Report of the Indian Hemp Drugs Commission, 1894-1895 - Volume VI
Year: 1894
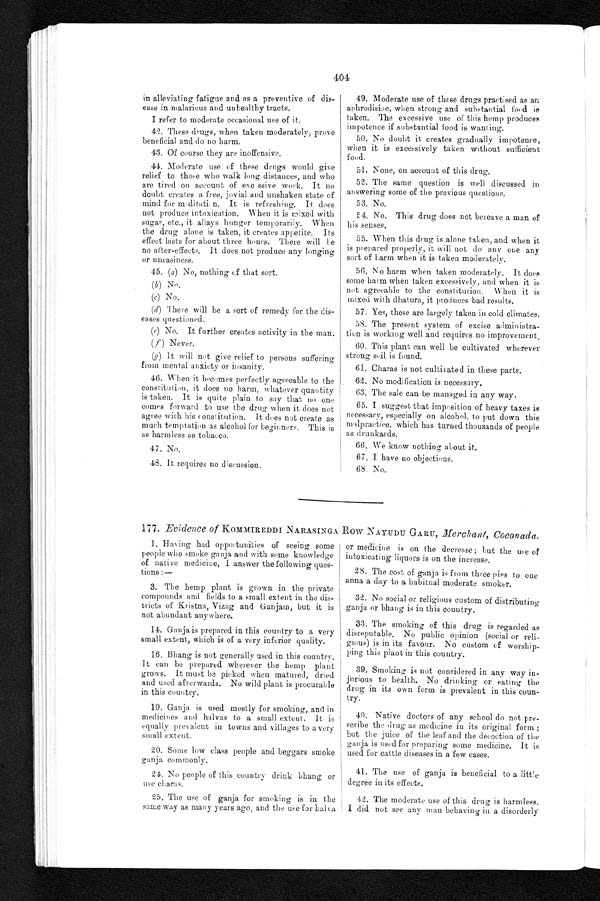
404
in alleviating fatigue and as a preventive of dis-
ease in malarious and unhealthy tracts.
I refer to moderate occasional use of it.
42. These drugs, when taken moderately ; prove
beneficial and do no harm.
43. Of course they are inoffensive.
44. Moderate use of these drugs would give
relief to those who walk long distances, and who
are tired on account of excessive work. It no
doubt creates a free, jovial and unshaken state of
mind for meditation. It is refreshing. It does
not produce intoxication. When it is mixed with
sugar, etc., it allays hunger temporarily. When
the drug alone is taken, it creates appetite. Its
effect lasts for about three hours. There will be
no after-effects. It does not produce any longing
or uneasiness.
45. (a) No, nothing of that sort.
( b) No.
(c) No.
(d)
There will be a sort of remedy for the dis-
eases questioned.
(e) No. It further creates activity in the man.
(f) Never.
(g) It will not give relief to persons suffering
from mental anxiety or insanity.
46. When it becomes perfectly agreeable to the
constitution, it does no harm, whatever quantity
is taken. It is quite plain to say that no one
comes forward to use the drug when it does not
agree with his constitution. It does not create as
much temptation as alcohol for beginners. This is
as harmless as tobacco.
47. No.
48. It requires no discussion.
49. Moderate use of these drugs practised as an
aphrodisiac, when strong and substantial food is
taken. The excessive use of this hemp produces
impotence if substantial food is wanting.
50. No doubt it creates gradually impotence,
when it is excessively taken without sufficient
food.
51. None, on account of this drug.
52. The same question is well discussed in
answering some of the previous questions.
53. No.
54. No. This drug does not bereave a man of
his senses.
55. When this drug is alone taken, and when it
is prepared properly, it will not do any one any
sort of harm when it is taken moderately.
56. No harm when taken moderately. It does
some harm when taken excessively, and when it is
not agreeable to the constitution. When it is
mixed with dhatura, it produces bad results.
57. Yes, these are largely taken in cold climates.
58. The present system of excise administra-
tion is working well and requires no improvement.
60. This plant can well be cultivated wherever
strong soil is found.
61. Charas is not cultivated in these parts.
62. No modification is necessary.
63. The sale can be managed in any way.
65. I suggest that imposition of heavy taxes is
necessary, especially on alcohol, to put down this
malpractice, which has turned thousands of people
as drunkards.
66. We know nothing about it.
67. I have no objections.
68. No.
177. Evidence of KOMMIREDDI NARASINGA Row NAYUDU GARU, Merchant, Coconada .
1. Having had opportunities of seeing some
people who smoke ganja and with some knowledge
of native medicine, I answer the following ques-
tions:—
3. The hemp plant is grown in the private
compounds and fields to a small extent in the dis-
tricts of Kristna, Vizag and Ganjam, but it is
not abundant anywhere.
14. Ganja is prepared in this country to a very
small extent, which is of a very inferior quality.
16. Bhang is not generally used in this country.
It can be prepared wherever the hemp plant
grows. It must be picked when matured, dried
and used afterwards. No wild plant is procurable
in this country.
19. Ganja is used mostly for smoking, and in
medicines and halvas to a small extent. It is
equally prevalent in towns and villages to a very
small extent.
20. Some low class people and beggars smoke
ganja commonly.
24. No people of this country drink bhang or
use charas.
25. The use of ganja for smoking is in the
same way as many years ago, and the use for halva
or medicine is on the decrease; but the use of
intoxicating liquors is on the increase.
28. The cost of ganja is from three pies to one
anna a day to a habitual moderate smoker.
32. No social or religious custom of distributing
ganja or bhang is in this country.
33. The smoking of this drug is regarded as
disreputable. No public opinion (social or reli-
gious) is in its favour. No custom ci worship-
ping this plant in this country.
39. Smoking is not considered in any way in-
jurious to health. No drinking or eating the
drug in its own form is prevalent in this coun-
try.
40. Native doctors of any school do not pre-
scribe the drug as medicine in its original form ;
but the juice of the leaf and the decoction of the
ganja is used for preparing some medicine. It is
used for cattle diseases in a few cases.
41. The use of ganja is beneficial to a little
degree in its effects.
42. The moderate use of this drug is harmless.
I did not see any man behaving in a disorderly